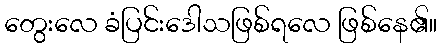
တွေးလေ ခံပြင်းဒေါသဖြစ်ရလေ ဖြစ်နေ၏။